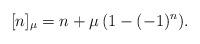
LaTeX: \begin{align*} [n]_\mu &= n + \mu\,(1-(-1)^n). \end{align*}